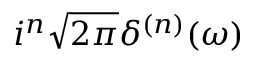
i ^ { n } { \sqrt { 2 \pi } } \delta ^ { ( n ) } ( \omega )